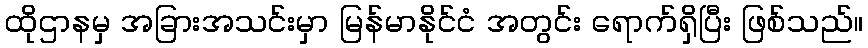
ထိုဌာနမှ အခြားအသင်းမှာ မြန်မာနိုင်ငံ အတွင်း ရောက်ရှိပြီး ဖြစ်သည်။